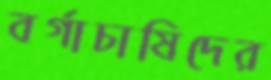
বর্গাচাষিদের